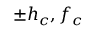
\pm h _ { c } , f _ { c }